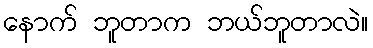
နောက် ဘူတာက ဘယ်ဘူတာလဲ။